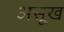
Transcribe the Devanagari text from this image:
असूख